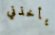
يأخذني